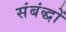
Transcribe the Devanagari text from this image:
संबंद्धों